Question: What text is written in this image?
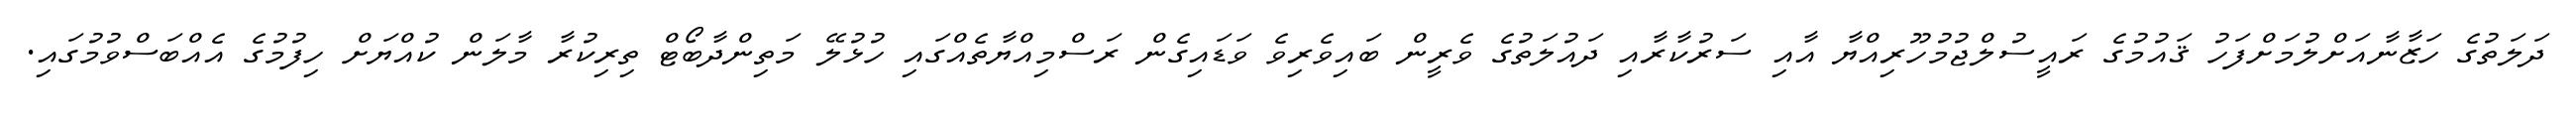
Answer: ދަލަތުގެ ހަޒާނާއަށްލުމަށްފަހު ޤައުމުގެ ރައީސުލްޖުމުހޫރިއްޔާ އާއި ސަރުކާރާއި ދައުލަތުގެ ވެރީން ބައިވެރިވެ ވަޑައިގެން ރަސްމިއްޔާތެއްގައި ހުޅުލޭ މަތިންދާބޯޓް ތިރިކުރާ މާލަން ކުއްޔަށް ހިފުމުގެ އެއްބަސްވުމުގައި.